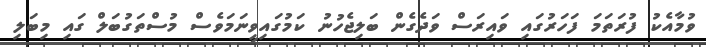
ވުމާއެކު ފުރަތަމަ ފަހަރުގައި ވައިރަސް ވަދެގެން ބަލިޖެހުނު ކަމުގައިވީނަމަވެސް މުސްތަގުބަލް ގައި މިބަލި